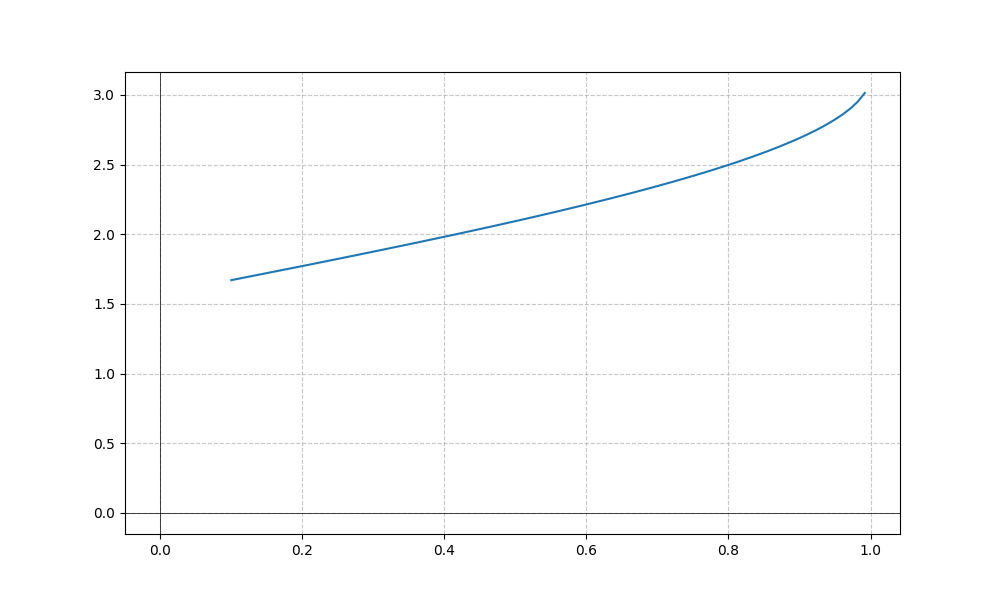
LaTeX formula: \operatorname{acos}{\left(- x \right)}